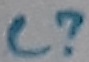
Text: C?